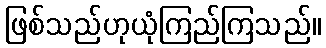
ဖြစ်သည်ဟုယုံကြည်ကြသည်။